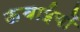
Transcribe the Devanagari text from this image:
ऊचाईयों